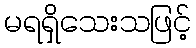
မရရှိသေးသဖြင့်